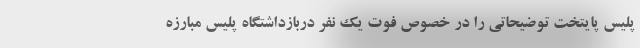
پلیس پایتخت توضیحاتی را در خصوص فوت یک نفر دربازداشتگاه پلیس مبارزه